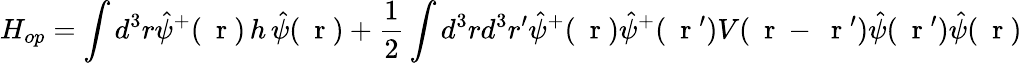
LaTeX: H_{op}=\int d^{3}r\hat{\psi}^{+}(\mathrm{~\mathbf~r~})\, h\, \hat{\psi}(\mathrm{~\mathbf~r~})+\frac{1}{2}\int d^{3}rd^{3}r^{\prime}\hat{\psi}^{+}(\mathrm{~\mathbf~r~})\hat{\psi}^{+}(\mathrm{~\mathbf~r~}^{\prime})V(\mathrm{~\mathbf~r~}-\mathrm{~\mathbf~r~}^{\prime})\hat{\psi}(\mathrm{~\mathbf~r~}^{\prime})\hat{\psi}(\mathrm{~\mathbf~r~})